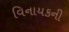
વિનાયકની